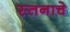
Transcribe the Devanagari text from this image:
स्तनाचे